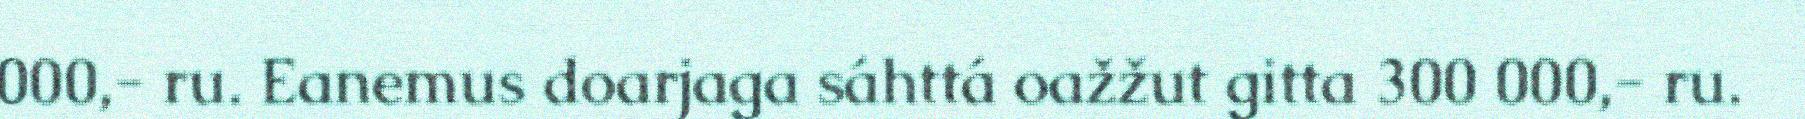
000,- ru. Eanemus doarjaga sáhttá oažžut gitta 300 000,- ru.